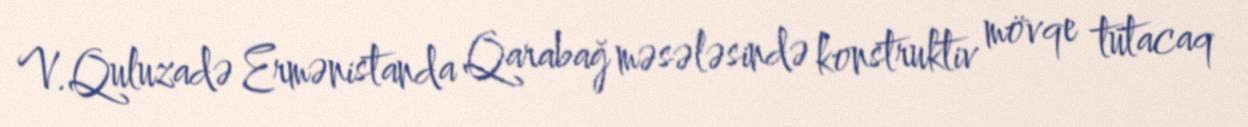
V.Quluzadə Ermənistanda Qarabağ məsələsində konstruktiv mövqe tutacaq